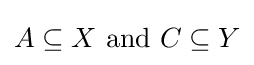
A\subseteq X{\text{ and }}C\subseteq Y